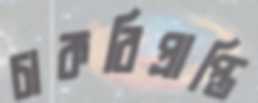
চাকরিপ্রাপ্তি